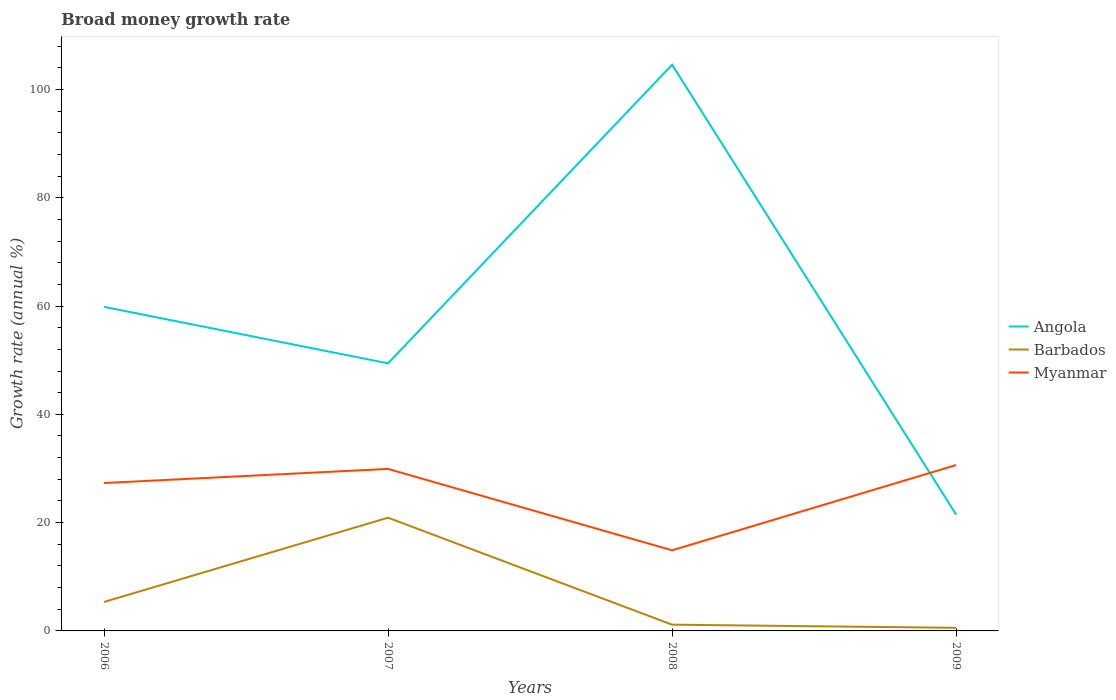
| Years | Angola | Barbados | Myanmar |
 | --- | --- | --- | --- |
 | 2006 | 59.9 | 5.35 | 27.3 |
 | 2007 | 49.4 | 20.9 | 29.9 |
 | 2008 | 105 | 1.15 | 14.9 |
 | 2009 | 21.5 | 0.573 | 30.6 |